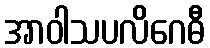
အာဝါသပလိဂေဓီ